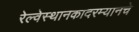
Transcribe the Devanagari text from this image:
रेल्वेस्थानकादरम्यानचे